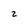
Character: z